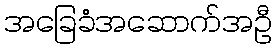
အခြေခံအဆောက်အဦ